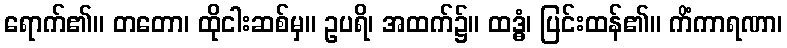
ရောက်၏။ တတော၊ ထိုငါးဆစ်မှ။ ဥပရိ၊ အထက်၌။ ထဒ္ဓံ၊ ပြင်းထန်၏။ ကိံကာရဏာ၊